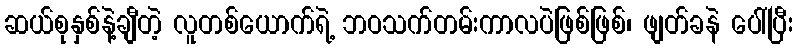
ဆယ်စုနှစ်နဲ့ချီတဲ့ လူတစ်ယောက်ရဲ့ ဘဝသက်တမ်းကာလပဲဖြစ်ဖြစ်၊ ဖျတ်ခနဲ ပေါ်ပြီး